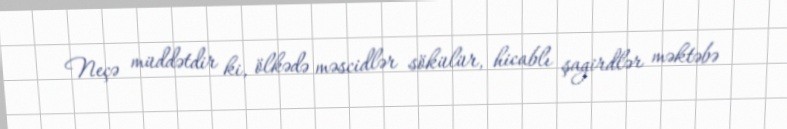
Neçə müddətdir ki, ölkədə məscidlər sökülür, hicablı şagirdlər məktəbə